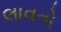
લાવતો